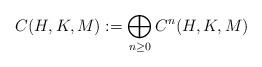
LaTeX: \begin{align*}C(H,K,M) := \bigoplus_{n\geq 0}C^n(H,K,M)\end{align*}